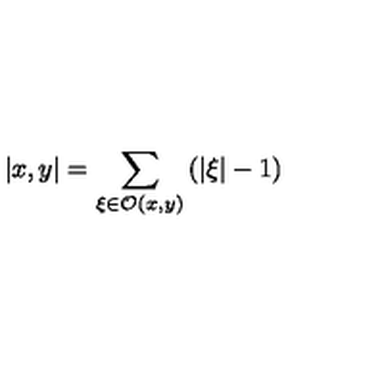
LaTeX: \left| x , y \right| = \sum _ { \xi \in \mathcal { O } ( x , y ) } \left( \left| \xi \right| - 1 \right)